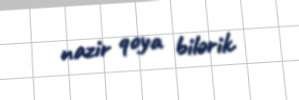
nazir qoya bilərik.